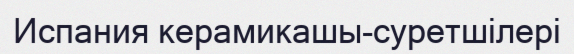
Испания керамикашы-суретшілері